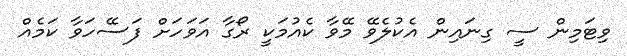
ވިޓަމިން ސީ ގިނައިން އެކުލެވޭ މޭވާ ކެއުމަކީ ރޯގާ އަވަހަށް ފަސޭހަވާ ކަމެއް